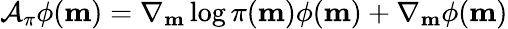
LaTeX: \mathcal{A}_{\pi}\phi(\mathbf{m})=\nabla_{\mathbf{m}}\log\pi(\mathbf{m})\phi(\mathbf{m})+\nabla_{\mathbf{m}}\phi(\mathbf{m})